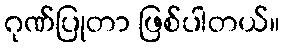
ဂုဏ်ပြုတာ ဖြစ်ပါတယ်။